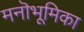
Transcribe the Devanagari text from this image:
मनॊभूमिका